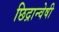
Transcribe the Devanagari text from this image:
छिद्रान्वेषी